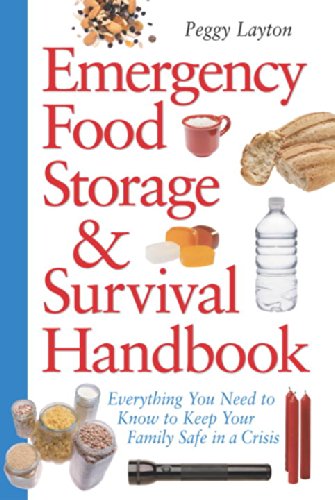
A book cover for Emergency Food Storage & Survival Handbook: Everything You Need to Know to Keep Your Family Safe in a Crisis; Peggy Layton; Crafts, Hobbies & Home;